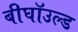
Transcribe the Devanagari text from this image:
बीघॉउल्ड